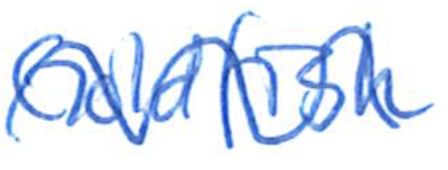
Text: Goldfish
Cross-out: wave
Writing tool: ballpoint